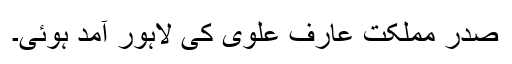
صدر مملکت عارف علوی کی لاہور آمد ہوئی۔